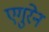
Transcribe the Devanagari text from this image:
एगुरेन